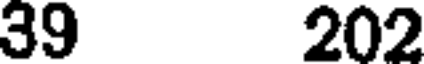
39 202